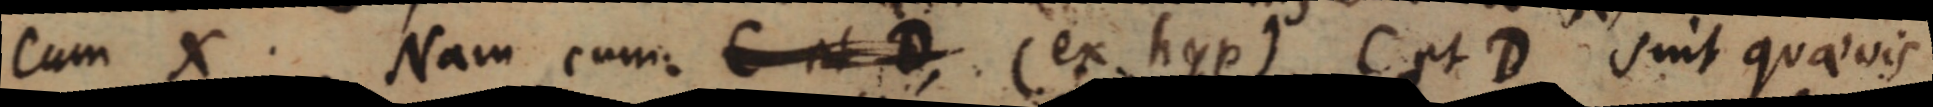
cum X. Nam cum C et D, (ex hyp) C et D suit quaevis